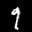
Label: 9